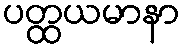
ပတ္ထယမာနာ